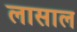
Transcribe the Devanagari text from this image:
लासाल